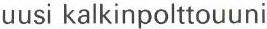
uusi kalkinpolttouuni